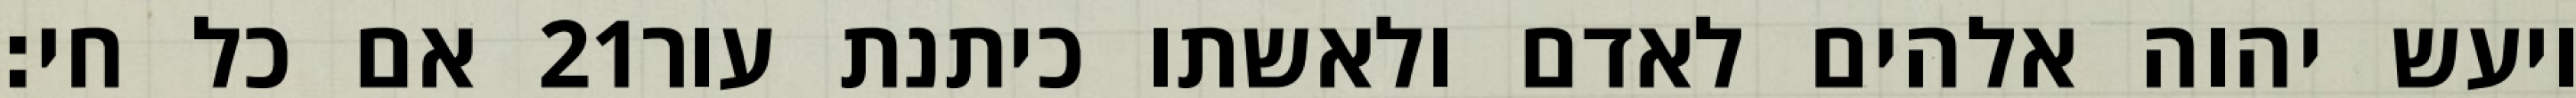
אם כל חי׃ ‎21‏ ויעש יהוה אלהים לאדם ולאשתו כיתנת עור